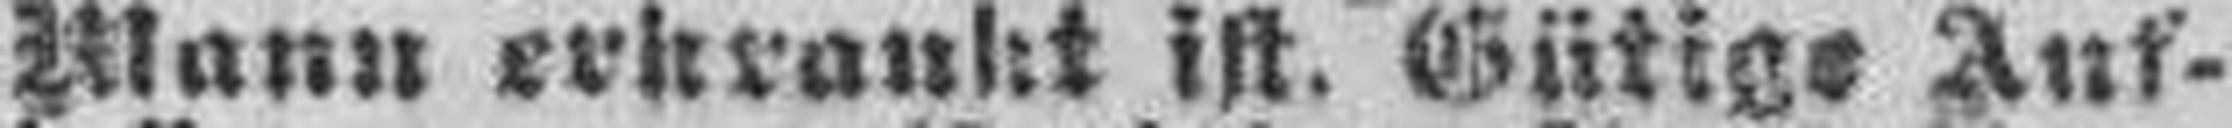
Mann erkrankt ist. Gütige Auf¬